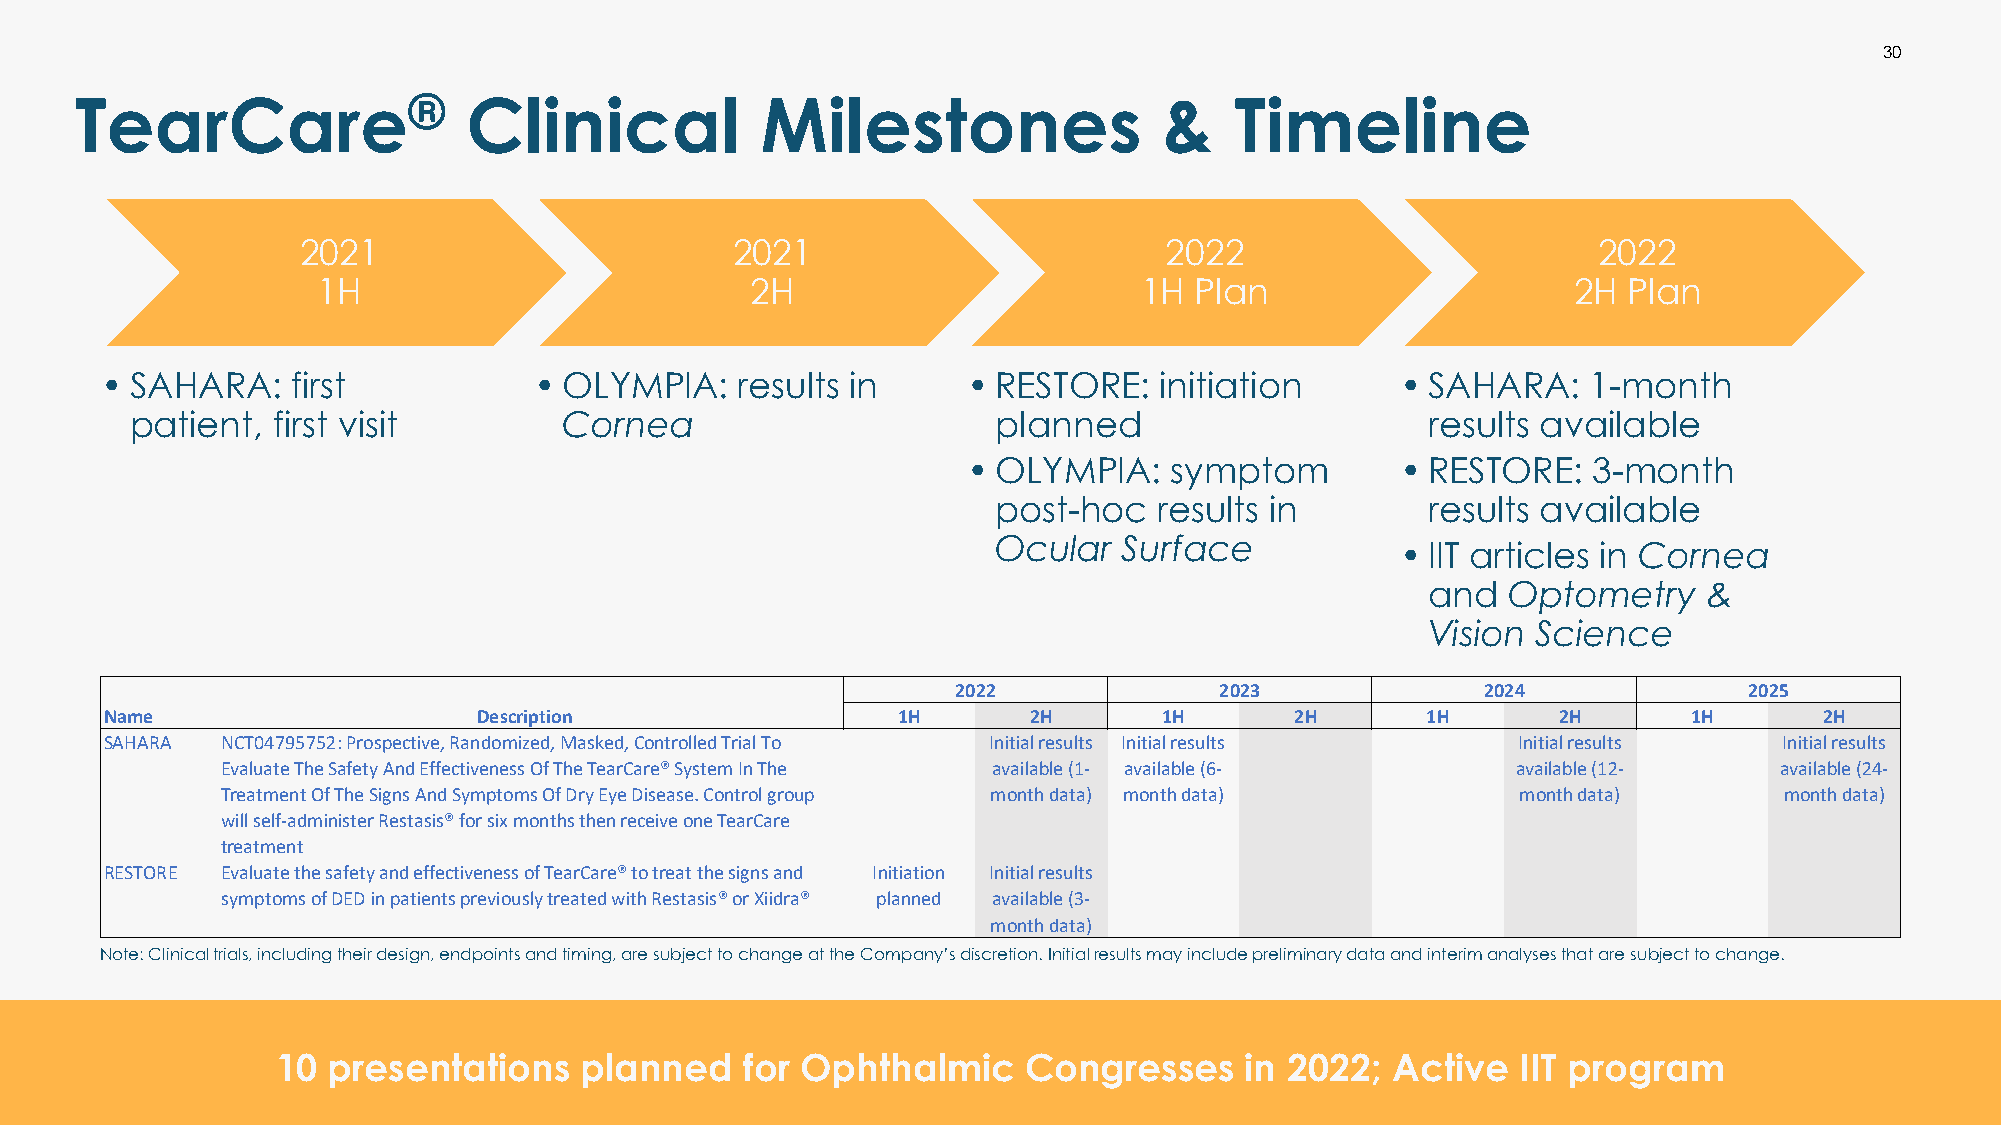
30
 TearCare®                 Clinical           Milestones                 &    Timeline
 2021                        2021                         2022                         2022
 1H                           2H                       1H  Plan                     2H  Plan
 • SAHARA:   first           • OLYMPIA:    results in     • RESTORE:   initiation      • SAHARA:   1-month
 patient, first visit        Cornea                       planned                     results available
 • OLYMPIA:   symptom         • RESTORE:  3-month
 post-hoc   results in       results available
 Ocular  Surface
 • IIT articles in Cornea
 and   Optometry    &
 Vision  Science
 2022              2023             2024              2025
 Name                     Description                1H       2H       1H       2H      1H       2H       1H       2H
 SAHARA  NCT04795752: Prospective, Randomized, Masked, Controlled Trial To Initial results Initial results Initial results Initial results
 Evaluate The Safety And Effectiveness Of The TearCare® System In The available (1- available (6- available (12- available (24-
 Treatment Of The Signs And Symptoms Of Dry Eye Disease. Control group month data) month data) month data) month data)
 will self-administer Restasis® for six months then receive one TearCare
 treatment
 RESTORE Evaluate the safety and effectiveness of TearCare® to treat the signs and Initiation Initial results
 symptoms of DED in patients previously treated with Restasis® or Xiidra® planned available (3-
 month data)
 Note: Clinical trials, including their design, endpoints and timing, are subject to change at the Company’s discretion. Initial results may include preliminary data and interim analyses that are subject to change.
 10  presentations   planned    for Ophthalmic     Congresses    in 2022;  Active   IIT program